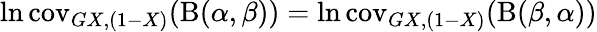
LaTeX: \ln\operatorname{cov}_{GX,(1-X)}(\mathrm{B}(\alpha,\beta))=\ln\operatorname{cov}_{GX,(1-X)}(\mathrm{B}(\beta,\alpha))